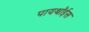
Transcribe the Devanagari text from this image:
पायथॉईस